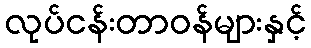
လုပ်ငန်းတာဝန်များနှင့်